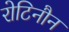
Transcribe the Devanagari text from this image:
रोटिनौन